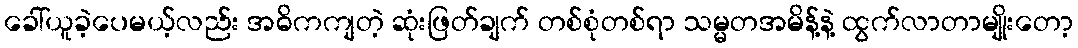
ခေါ်ယူခဲ့ပေမယ့်လည်း အဓိကကျတဲ့ ဆုံးဖြတ်ချက် တစ်စုံတစ်ရာ သမ္မတအမိန့်နဲ့ ထွက်လာတာမျိုးတော့